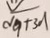
\sqrt { 9 + 3 0 1 }